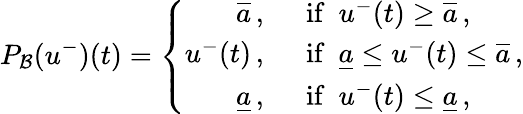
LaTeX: P_{{\cal B}}(u^{-})(t)=\left\{ \begin{array}{rl}{\overline{{a}}\, ,}&{\ \ \mathrm{if\ \ }u^{-}(t)\ge\overline{{a}}\, ,}\\ {u^{-}(t)\, ,}&{\ \ \mathrm{if\ \ }\underline{{a}}\le u^{-}(t)\le\overline{{a}}\, ,}\\ {\underline{{a}}\, ,}&{\ \ \mathrm{if\ \ }u^{-}(t)\le\underline{{a}}\, ,}\end{array}\right.